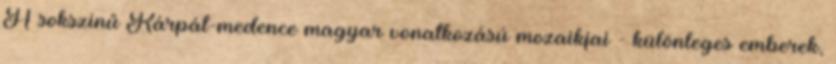
A sokszínű Kárpát-medence magyar vonatkozású mozaikjai - különleges emberek,